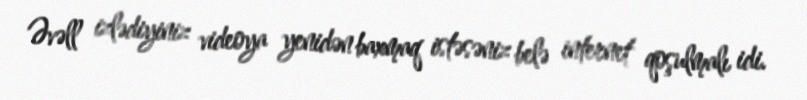
Əvəll izlədiyiniz videoya yenidən baxmaq istəsəniz belə internet qoşulmalı idi.